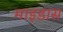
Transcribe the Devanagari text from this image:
माइडास